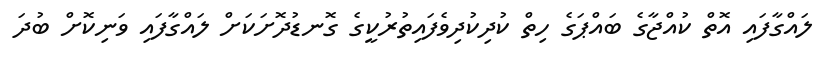
ލައްގާފައި އޮތް ކުއްޖާގެ ބައްޕަގެ ހިތް ކުދިކުދިވެފައިތުރުކީގެ ގޮނޑުދޮށަކަށް ލައްގާފައި ވަނިކޮށް ބުދަ